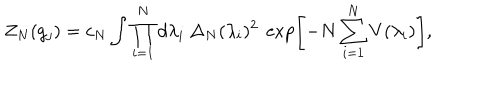
Z _ { N } ( g _ { j } ) = c _ { N } \int \prod _ { i = 1 } ^ { N } d \lambda _ { i } \ \Delta _ { N } ( \lambda _ { i } ) ^ { 2 } \ \exp \left[ - N \sum _ { i = 1 } ^ { N } V ( \lambda _ { i } ) \right] ,